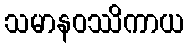
သမာနဝဿိကာယ